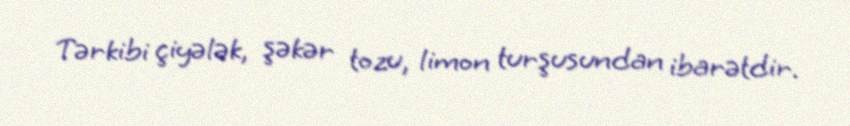
Tərkibi çiyələk, şəkər tozu, limon turşusundan ibarətdir.